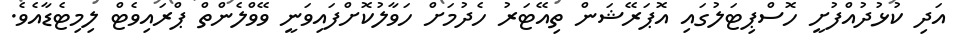
އަދި ކުޅުދުއްފުށީ ހޮސްޕިޓަލުގައި އޮޕަރޭޝަން ތިއޭޓަރު ހެދުމަށް ހަވާލުކޮށްފައިވަނީ ވޭވްލެންތް ޕްރައިވެޓް ލިމިޓެޑާއެވެ.